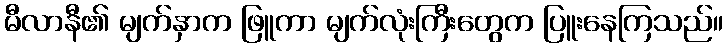
မီလာနီ၏ မျက်နှာက ဖြူကာ မျက်လုံးကြီးတွေက ပြူးနေကြသည်။